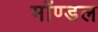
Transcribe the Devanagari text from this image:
मॉण्डल